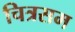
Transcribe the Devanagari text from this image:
चित्रसम